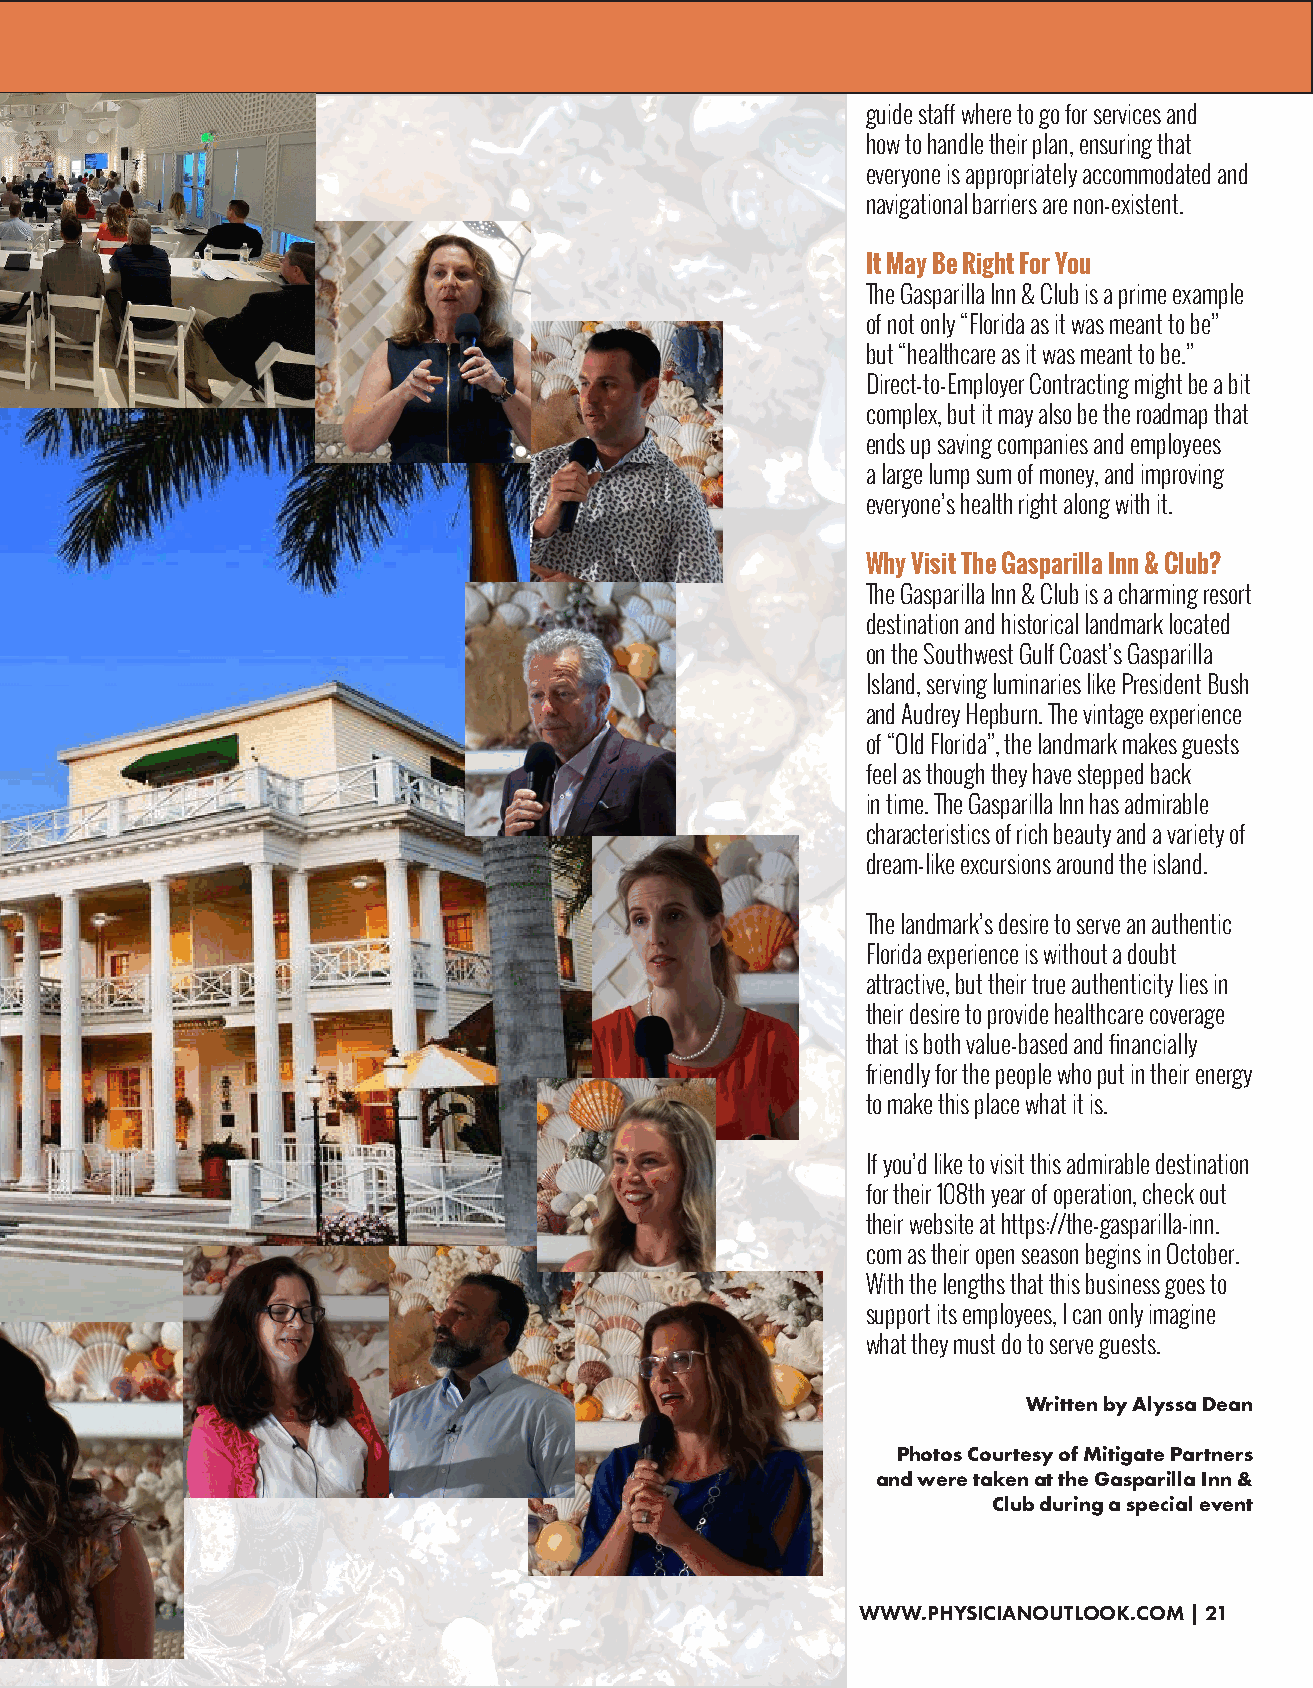
guide staff where to go for services and
 how to handle their plan, ensuring that
 everyone is appropriately accommodated and
 navigational barriers are non-existent.
 It May Be Right For You
 The Gasparilla Inn & Club is a prime example
 of not only “Florida as it was meant to be”
 but “healthcare as it was meant to be.”
 Direct-to-Employer Contracting might be a bit
 complex, but it may also be the roadmap that
 ends up saving companies and employees
 a large lump sum of money, and improving
 everyone’s health right along with it.
 Why Visit The Gasparilla Inn & Club?
 The Gasparilla Inn & Club is a charming resort
 destination and historical landmark located
 on the Southwest Gulf Coast’s Gasparilla
 Island, serving luminaries like President Bush
 and Audrey Hepburn. The vintage experience
 of “Old Florida”, the landmark makes guests
 feel as though they have stepped back
 in time. The Gasparilla Inn has admirable
 characteristics of rich beauty and a variety of
 dream-like excursions around the island.
 The landmark’s desire to serve an authentic
 Florida experience is without a doubt
 attractive, but their true authenticity lies in
 their desire to provide healthcare coverage
 that is both value-based and financially
 friendly for the people who put in their energy
 to make this place what it is.
 If you’d like to visit this admirable destination
 for their 108th year of operation, check out
 their website at https://the-gasparilla-inn.
 com as their open season begins in October.
 With the lengths that this business goes to
 support its employees, I can only imagine
 what they must do to serve guests.
 Written by Alyssa Dean
 Photos Courtesy of Mitigate Partners
 and were taken at the Gasparilla Inn &
 Club during a special event
 WWW.PHYSICIANOUTLOOK.COM | 21